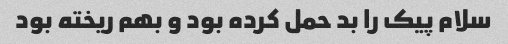
سلام پیک را بد حمل کرده بود و بهم ریخته بود